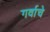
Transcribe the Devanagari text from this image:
गर्वाचे